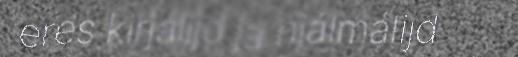
eres kirjálijd já njálmálijd